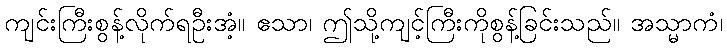
ကျင်းကြီးစွန့်လိုက်ရဦးအံ့။ ဧသာ၊ ဤသို့ကျင့်ကြီးကိုစွန့်ခြင်းသည်။ အသ္မာကံ၊